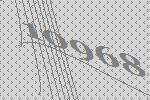
10968